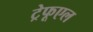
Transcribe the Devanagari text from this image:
ट्रेफूएल